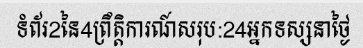
ទំព័រ2នៃ4ព្រឹត្តិការណ៍សរុប:24អ្នកទស្សនាថ្ងៃ